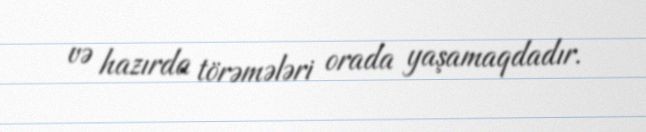
və hazırda törəmələri orada yaşamaqdadır.